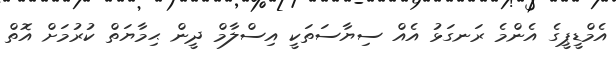
އެމްޑީޕީގެ އެންމެ ރަނގަޅު އެއް ސިޔާސަތަކީ އިސްލާމް ދީން ޙިމާޔަތް ކުރުމަށް އޮތް